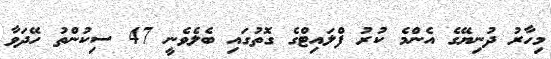
މިހާރު ދުނިޔޭގެ އެންމެ ކުރު ފްލައިޓްގެ ގޮތުގައި ބެލެވެނީ 47 ސިކުންތު ހޭދަވާ